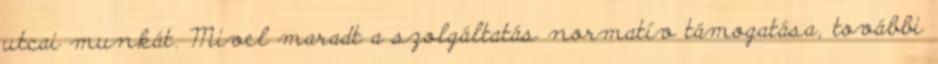
utcai munkát. Mivel maradt a szolgáltatás normatív támogatása, további